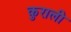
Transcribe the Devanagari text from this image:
कुराली